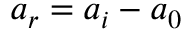
a _ { r } = a _ { i } - a _ { 0 }